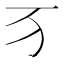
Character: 𬺷